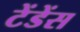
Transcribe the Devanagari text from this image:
टेंडेंस